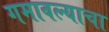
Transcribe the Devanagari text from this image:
गमावल्याचा